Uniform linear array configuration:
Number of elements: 8
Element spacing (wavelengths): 0.75
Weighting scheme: hann
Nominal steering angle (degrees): -45
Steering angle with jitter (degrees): -45.8
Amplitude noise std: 0.05
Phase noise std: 0.05

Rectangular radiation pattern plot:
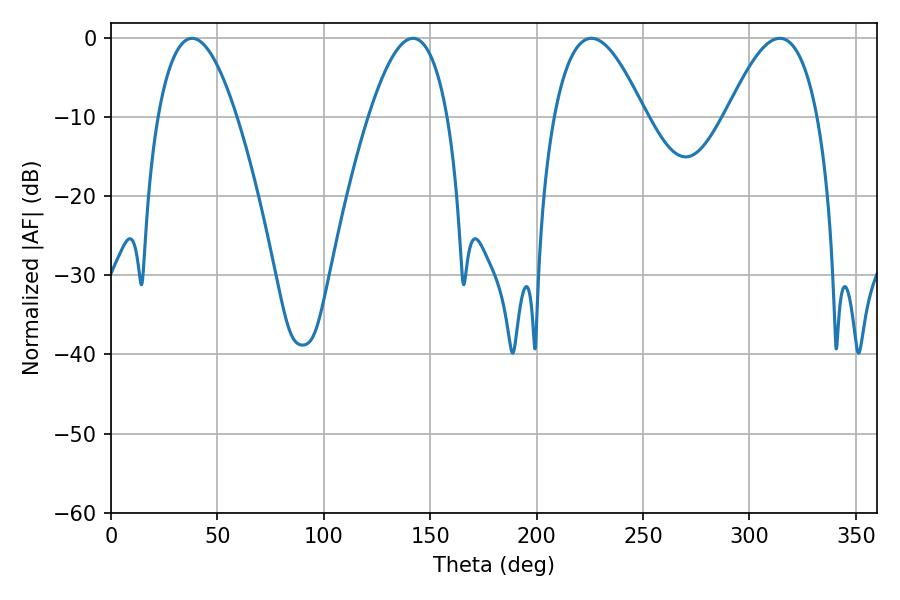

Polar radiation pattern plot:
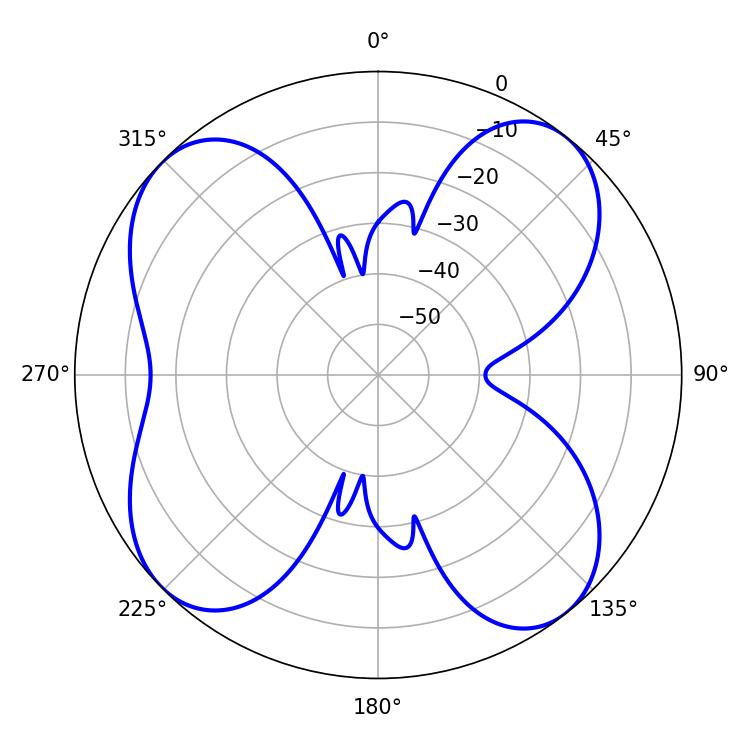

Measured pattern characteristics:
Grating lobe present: TRUE
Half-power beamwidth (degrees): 23.4
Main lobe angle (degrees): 225.72